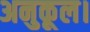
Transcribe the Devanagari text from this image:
अनुकूल।